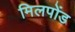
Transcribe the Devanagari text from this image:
मिलपोंड